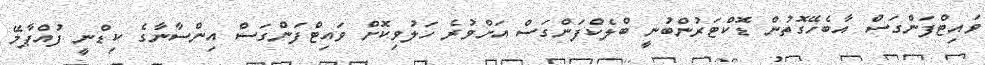
ވައިޓްފަންގަސް އާބެހޭގޮތުން ޑޮކްޓަރުންބުނީ ބްލެކްފަންގަސް އަށްވުރެ ހަލުވިކޮށް ވައިޓްފަންގަސް އިންސާނާގެ ކިޑްނީ ފުއްޕާމޭ